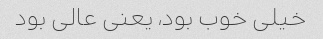
خیلی خوب بود، یعنی عالی بود